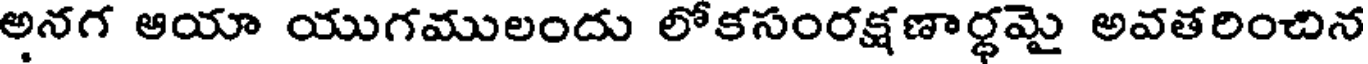
అనగ ఆయా యుగములందు లోకసంరక్షణార్థమై అవతరించిన